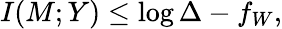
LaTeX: I(M;Y)\leq\log\Delta-f_{W},